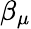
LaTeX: \beta_{\mu}